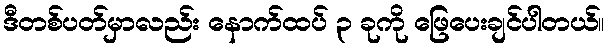
ဒီတစ်ပတ်မှာလည်း နောက်ထပ် ၃ ခုကို ဖြေပေးချင်ပါတယ်။